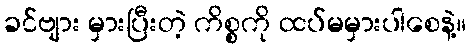
ခင်ဗျား မှားပြီးတဲ့ ကိစ္စကို ထပ်မမှားပါစေနဲ့။